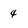
Character: 4